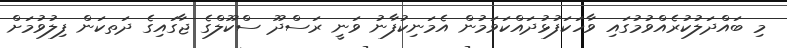
މި ބައްދަލުކުރެއްވުމުގައި ވާހަކަފުޅުދައްކަވަމުން އެމަނިކުފާނު ވަނީ ރަސްދޫ ސްކޫލްގެ ޖާގައިގެ ދަތކަން ފިލުވުމަށް